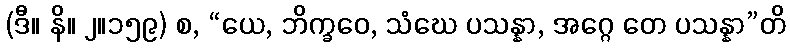
(ဒီ။ နိ။ ၂။၁၅၉) စ, “ယေ, ဘိက္ခဝေ, သံဃေ ပသန္နာ, အဂ္ဂေ တေ ပသန္နာ”တိ